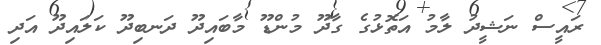
ރައީސް ނަޝީދު ލާމު އަތޮޅުގެ ގާދޫ މުންޑޫ މާބައިދޫ ދަނބިދޫ ކަލައިދޫ އަދި